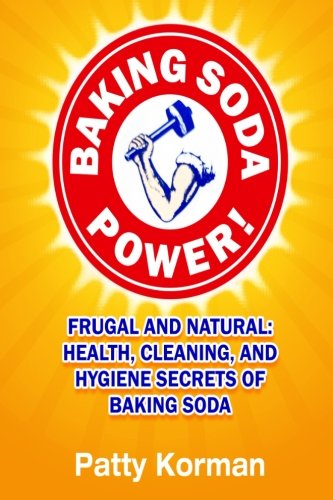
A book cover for Baking Soda Power! Frugal and Natural: Health, Cleaning, and Hygiene Secrets of; Patty Korman; Crafts, Hobbies & Home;